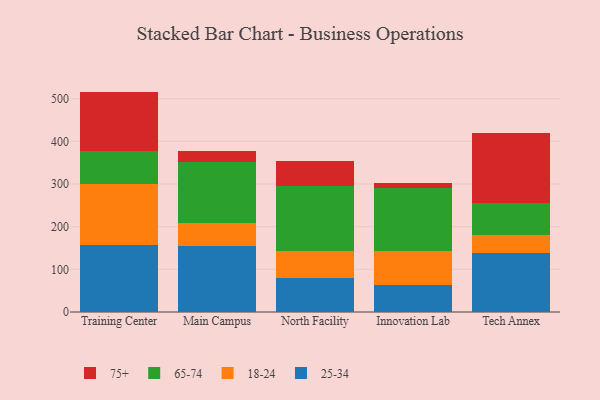
{"axis": {"x": "Campus", "y": "Humidity (%)"}, "legend": ["18-24", "25-34", "65-74", "75+"], "data": [{"x": "Training Center", "y": 158.2, "type": "25-34"}, {"x": "Training Center", "y": 140.7, "type": "18-24"}, {"x": "Training Center", "y": 78.2, "type": "65-74"}, {"x": "Training Center", "y": 139.5, "type": "75+"}, {"x": "Main Campus", "y": 155.8, "type": "25-34"}, {"x": "Main Campus", "y": 53.4, "type": "18-24"}, {"x": "Main Campus", "y": 142.8, "type": "65-74"}, {"x": "Main Campus", "y": 24.6, "type": "75+"}, {"x": "North Facility", "y": 79.0, "type": "25-34"}, {"x": "North Facility", "y": 63.0, "type": "18-24"}, {"x": "North Facility", "y": 152.8, "type": "65-74"}, {"x": "North Facility", "y": 59.1, "type": "75+"}, {"x": "Innovation Lab", "y": 64.1, "type": "25-34"}, {"x": "Innovation Lab", "y": 78.1, "type": "18-24"}, {"x": "Innovation Lab", "y": 149.1, "type": "65-74"}, {"x": "Innovation Lab", "y": 11.1, "type": "75+"}, {"x": "Tech Annex", "y": 137.8, "type": "25-34"}, {"x": "Tech Annex", "y": 42.3, "type": "18-24"}, {"x": "Tech Annex", "y": 74.9, "type": "65-74"}, {"x": "Tech Annex", "y": 164.1, "type": "75+"}]}